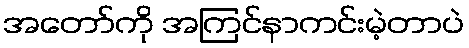
အတော်ကို အကြင်နာကင်းမဲ့တာပဲ